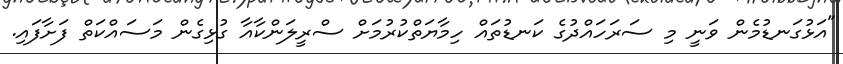
"އަޅުގަނޑުމެން ވަނީ މި ސަރަހައްދުގެ ކަނޑުތައް ހިމާޔަތްކުރުމަށް ސްރީލަންކާއާ ގުޅިގެން މަސައްކަތް ފަށާފައި.